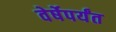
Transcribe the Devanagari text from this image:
वेर्षेपर्यंत